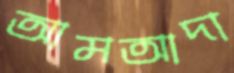
আমআদা